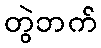
တွဲဘက်